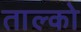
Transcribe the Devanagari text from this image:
ताल्को